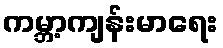
ကမ္ဘာ့ကျန်းမာရေး